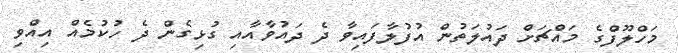
މަހްލޫފްގެ މައްޗަށް ދައުލަތުން އުފުލާފައިވާ ދެ ދައުވާއާއި ގުޅިގެން ދެ ހުކުމެއް އިއްވި